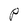
Character: P